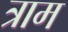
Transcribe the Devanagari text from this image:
त्राम